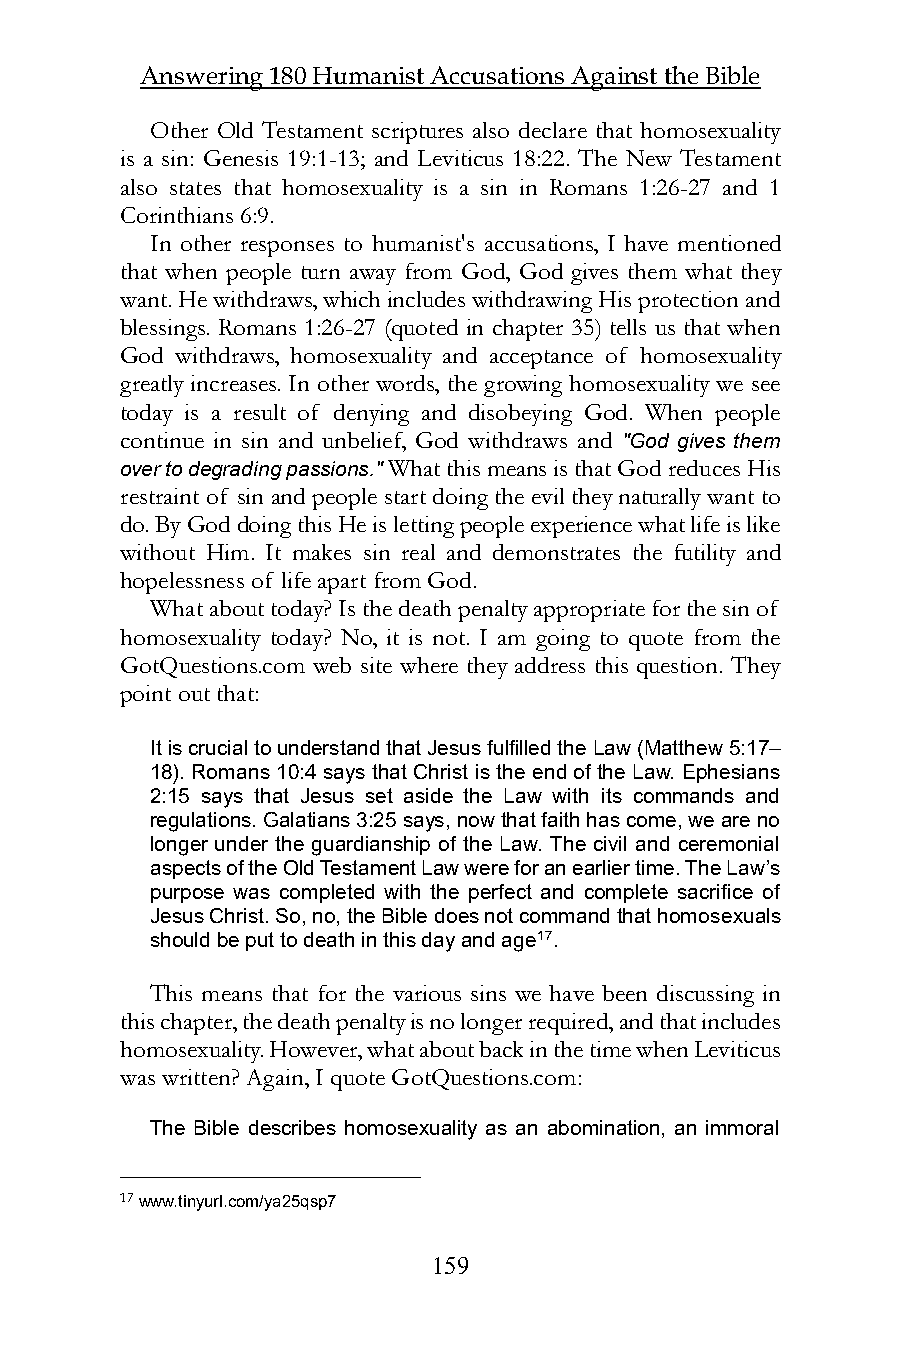
Answering 180 Humanist Accusations Against the Bible
 Other Old Testament scriptures also declare that homosexuality
 is a sin: Genesis 19:1-13; and Leviticus 18:22. The New Testament
 also states that homosexuality is a sin in Romans 1:26-27 and 1
 Corinthians 6:9.
 In other responses to humanist's accusations, I have mentioned
 that when people turn away from God, God gives them what they
 want. He withdraws, which includes withdrawing His protection and
 blessings. Romans 1:26-27 (quoted in chapter 35) tells us that when
 God withdraws, homosexuality and acceptance of homosexuality
 greatly increases. In other words, the growing homosexuality we see
 today is a result of denying and disobeying God. When people
 continue in sin and unbelief, God withdraws and "God gives them
 over to degrading passions." What this means is that God reduces His
 restraint of sin and people start doing the evil they naturally want to
 do. By God doing this He is letting people experience what life is like
 without Him. It makes sin real and demonstrates the futility and
 hopelessness of life apart from God.
 What about today? Is the death penalty appropriate for the sin of
 homosexuality today? No, it is not. I am going to quote from the
 GotQuestions.com web site where they address this question. They
 point out that:
 It is crucial to understand that Jesus fulfilled the Law (Matthew 5:17–
 18). Romans 10:4 says that Christ is the end of the Law. Ephesians
 2:15 says that Jesus set aside the Law with its commands and
 regulations. Galatians 3:25 says, now that faith has come, we are no
 longer under the guardianship of the Law. The civil and ceremonial
 aspects of the Old Testament Law were for an earlier time. The Law’s
 purpose was completed with the perfect and complete sacrifice of
 Jesus Christ. So, no, the Bible does not command that homosexuals
 should be put to death in this day and age17.
 This means that for the various sins we have been discussing in
 this chapter, the death penalty is no longer required, and that includes
 homosexuality. However, what about back in the time when Leviticus
 was written? Again, I quote GotQuestions.com:
 The Bible describes homosexuality as an abomination, an immoral
 17 www.tinyurl.com/ya25qsp7
 159